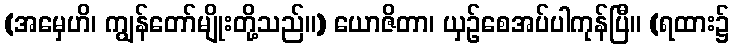
(အမှေဟိ၊ ကျွန်တော်မျိုးတို့သည်။) ယောဇိတာ၊ ယှဉ်စေအပ်ပါကုန်ပြီ။ (ရထား၌